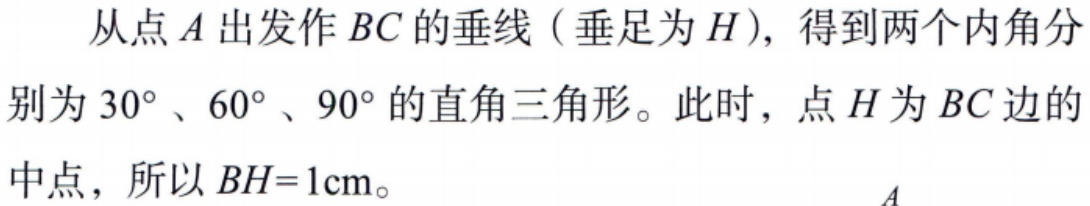
从点\(A\)出发作\(BC\)的垂线（垂足为\(H\)），得到两个内角分别为\(30^{\circ}\)、\(60^{\circ}\)、\(90^{\circ}\)的直角三角形。此时，点\(H\)为\(BC\)边的中点，所以\(BH = 1\text{cm}\)。